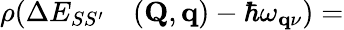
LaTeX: \begin{array}{rl}{\rho(\Delta E_{SS^{\prime}}}&{{}(\mathbf{Q},\mathbf{q})-\hbar\omega_{\mathbf{q}\nu})=}\end{array}